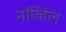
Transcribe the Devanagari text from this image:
नॉर्व्हिल